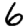
Digit: 6